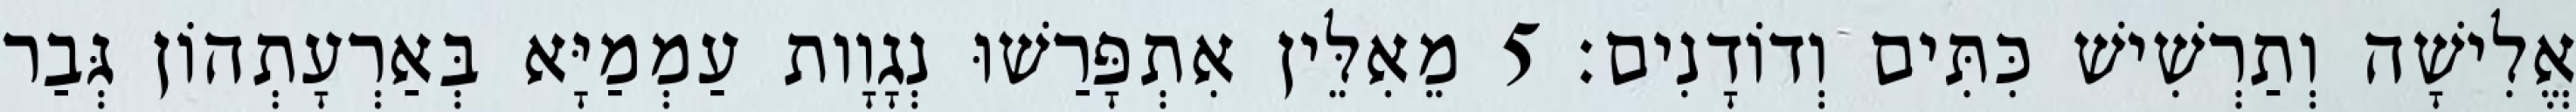
אֱלִישָׁה וְתַרְשִׁישׁ כִּתִּים וְדוֹדָנִים׃ 5 מֵאִלֵּין אִתְפָּרַשׁוּ נְגָוָות עַמְמַיָּא בְּאַרְעָתְהוֹן גְּבַר